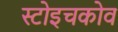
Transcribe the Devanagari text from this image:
स्टोइचकोव